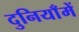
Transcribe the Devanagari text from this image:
दुनियाँमें